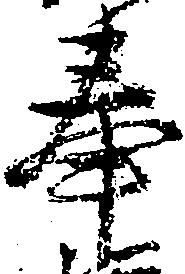
奉